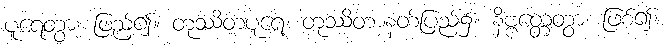
ပူရေတွာ၊ ဖြည့်၍။ တုဿိတပူရေ၊ တုဿိတာနတ်ပြည်၌။ နိဗ္ဗတ္တေတွာ၊ ဖြစ်၍။